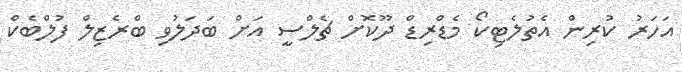
އަހަރު ކުރިން އެތުލެޓިކޯ މެޑްރިޑް ދޫކޮށް ޗެލްސީ އަށް ބަދަލުވި ބްރެޒިލް ފުލްބެކް